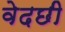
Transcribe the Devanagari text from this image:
वेदछी